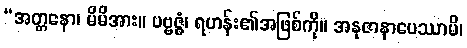
“အတ္တနော၊ မိမိအား။ ပဗ္ဗဇ္ဇံ၊ ရဟန်း၏အဖြစ်ကို။ အနုဇာနာပေဿာမိ၊